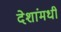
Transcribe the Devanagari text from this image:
देशांमधी